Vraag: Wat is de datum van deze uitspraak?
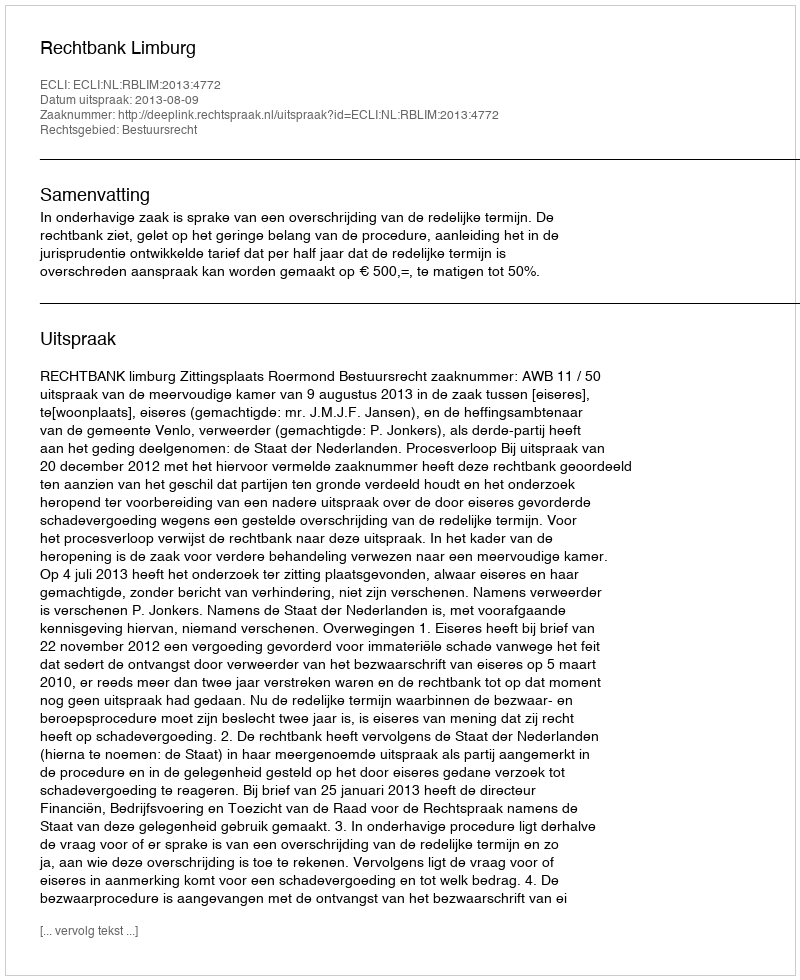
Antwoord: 2013-08-09